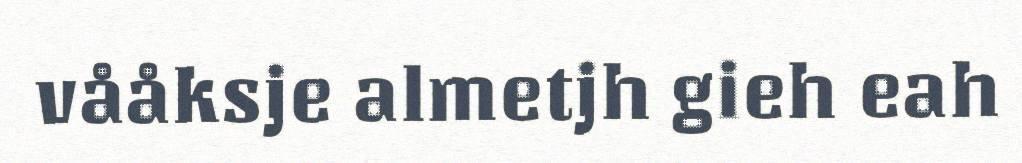
vååksje almetjh gieh eah